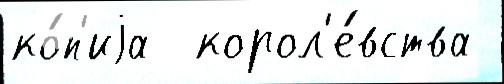
ко́п'иjа  корол'е́вства